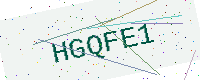
Text: HGQFE1